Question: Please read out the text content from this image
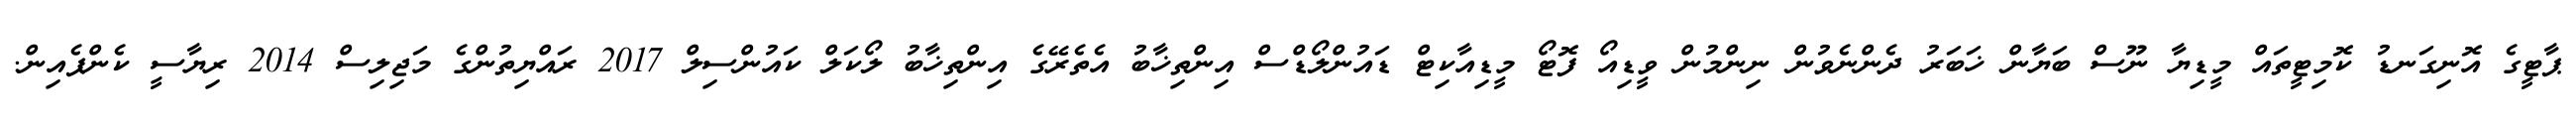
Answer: ޕާޓީގެ އޮނިގަނޑު ކޮމިޓީތައް މީޑިޔާ ނޫސް ބަޔާން ޚަބަރު ދެންނެވުން ނިންމުން ވީޑިއޯ ފޮޓޯ މީޑިއާކިޓް ޑައުންލޯޑްސް އިންތިޚާބު އެތެރޭގެ އިންތިޚާބު ލޯކަލް ކައުންސިލް 2017 ރައްޔިތުންގެ މަޖިލިސް 2014 ރިޔާސީ ކެންޕެއިން.